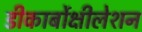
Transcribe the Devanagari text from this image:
डीकार्बोक्षीलेशन